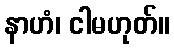
နာဟံ၊ ငါမဟုတ်။